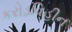
કરોડવિહીન